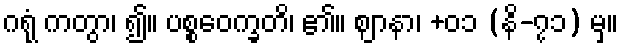
ဂရုံ ကတွာ၊ ၍။ ပစ္စဝေက္ခတိ၊ ၏။ ဈာနာ၊ +၀၁ (နိ-၇၁) မှ။